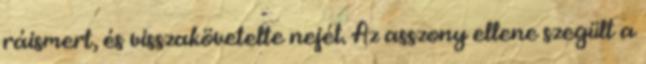
ráismert, és visszakövetelte nejét. Az asszony ellene szegült a